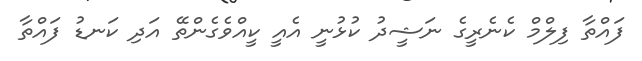
ފައްތާ ފިލްމް ކެނެރީގެ ނަޝީދު ކުޅުނީ އެއީ ކީއްވެގެންތޭ އަދި ކަނޑު ފައްތާ